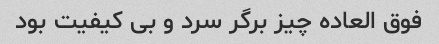
فوق العاده چیز برگر سرد و بی کیفیت بود